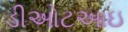
ડીઓટઆઇ